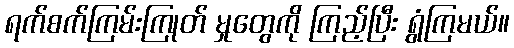
ရက်စက်ကြမ်းကြုတ် မှုတွေကို ကြည့်ပြီး ရွံကြမယ်။